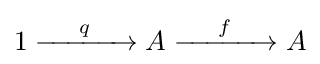
1\xrightarrow {~\quad q\quad ~} A\xrightarrow {~\quad f\quad ~} A